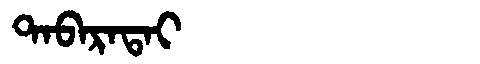
Manchu: ᡨᠠᠪᠠᡵᠠᡨᠠᡳ
Romanization: TABARATAI